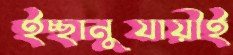
ইচ্ছানুযায়ীই